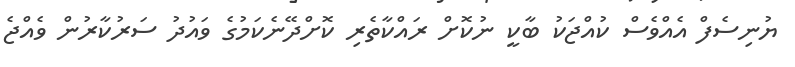
ޔުނިސެފް އެއްވެސް ކުއްޖަކު ބާކީ ނުކޮށް ރައްކާތެރި ކޮށްދޭނެކަމުގެ ވައުދު ސަރުކާރުން ވެއްޖެ